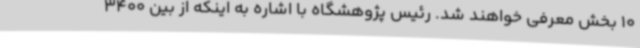
10 بخش معرفی خواهند شد. رئیس پژوهشگاه با اشاره به اینکه از بین 3400